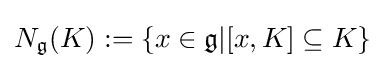
N_{\mathfrak {g}}(K):=\{x\in {\mathfrak {g}}|[x,K]\subseteq K\}